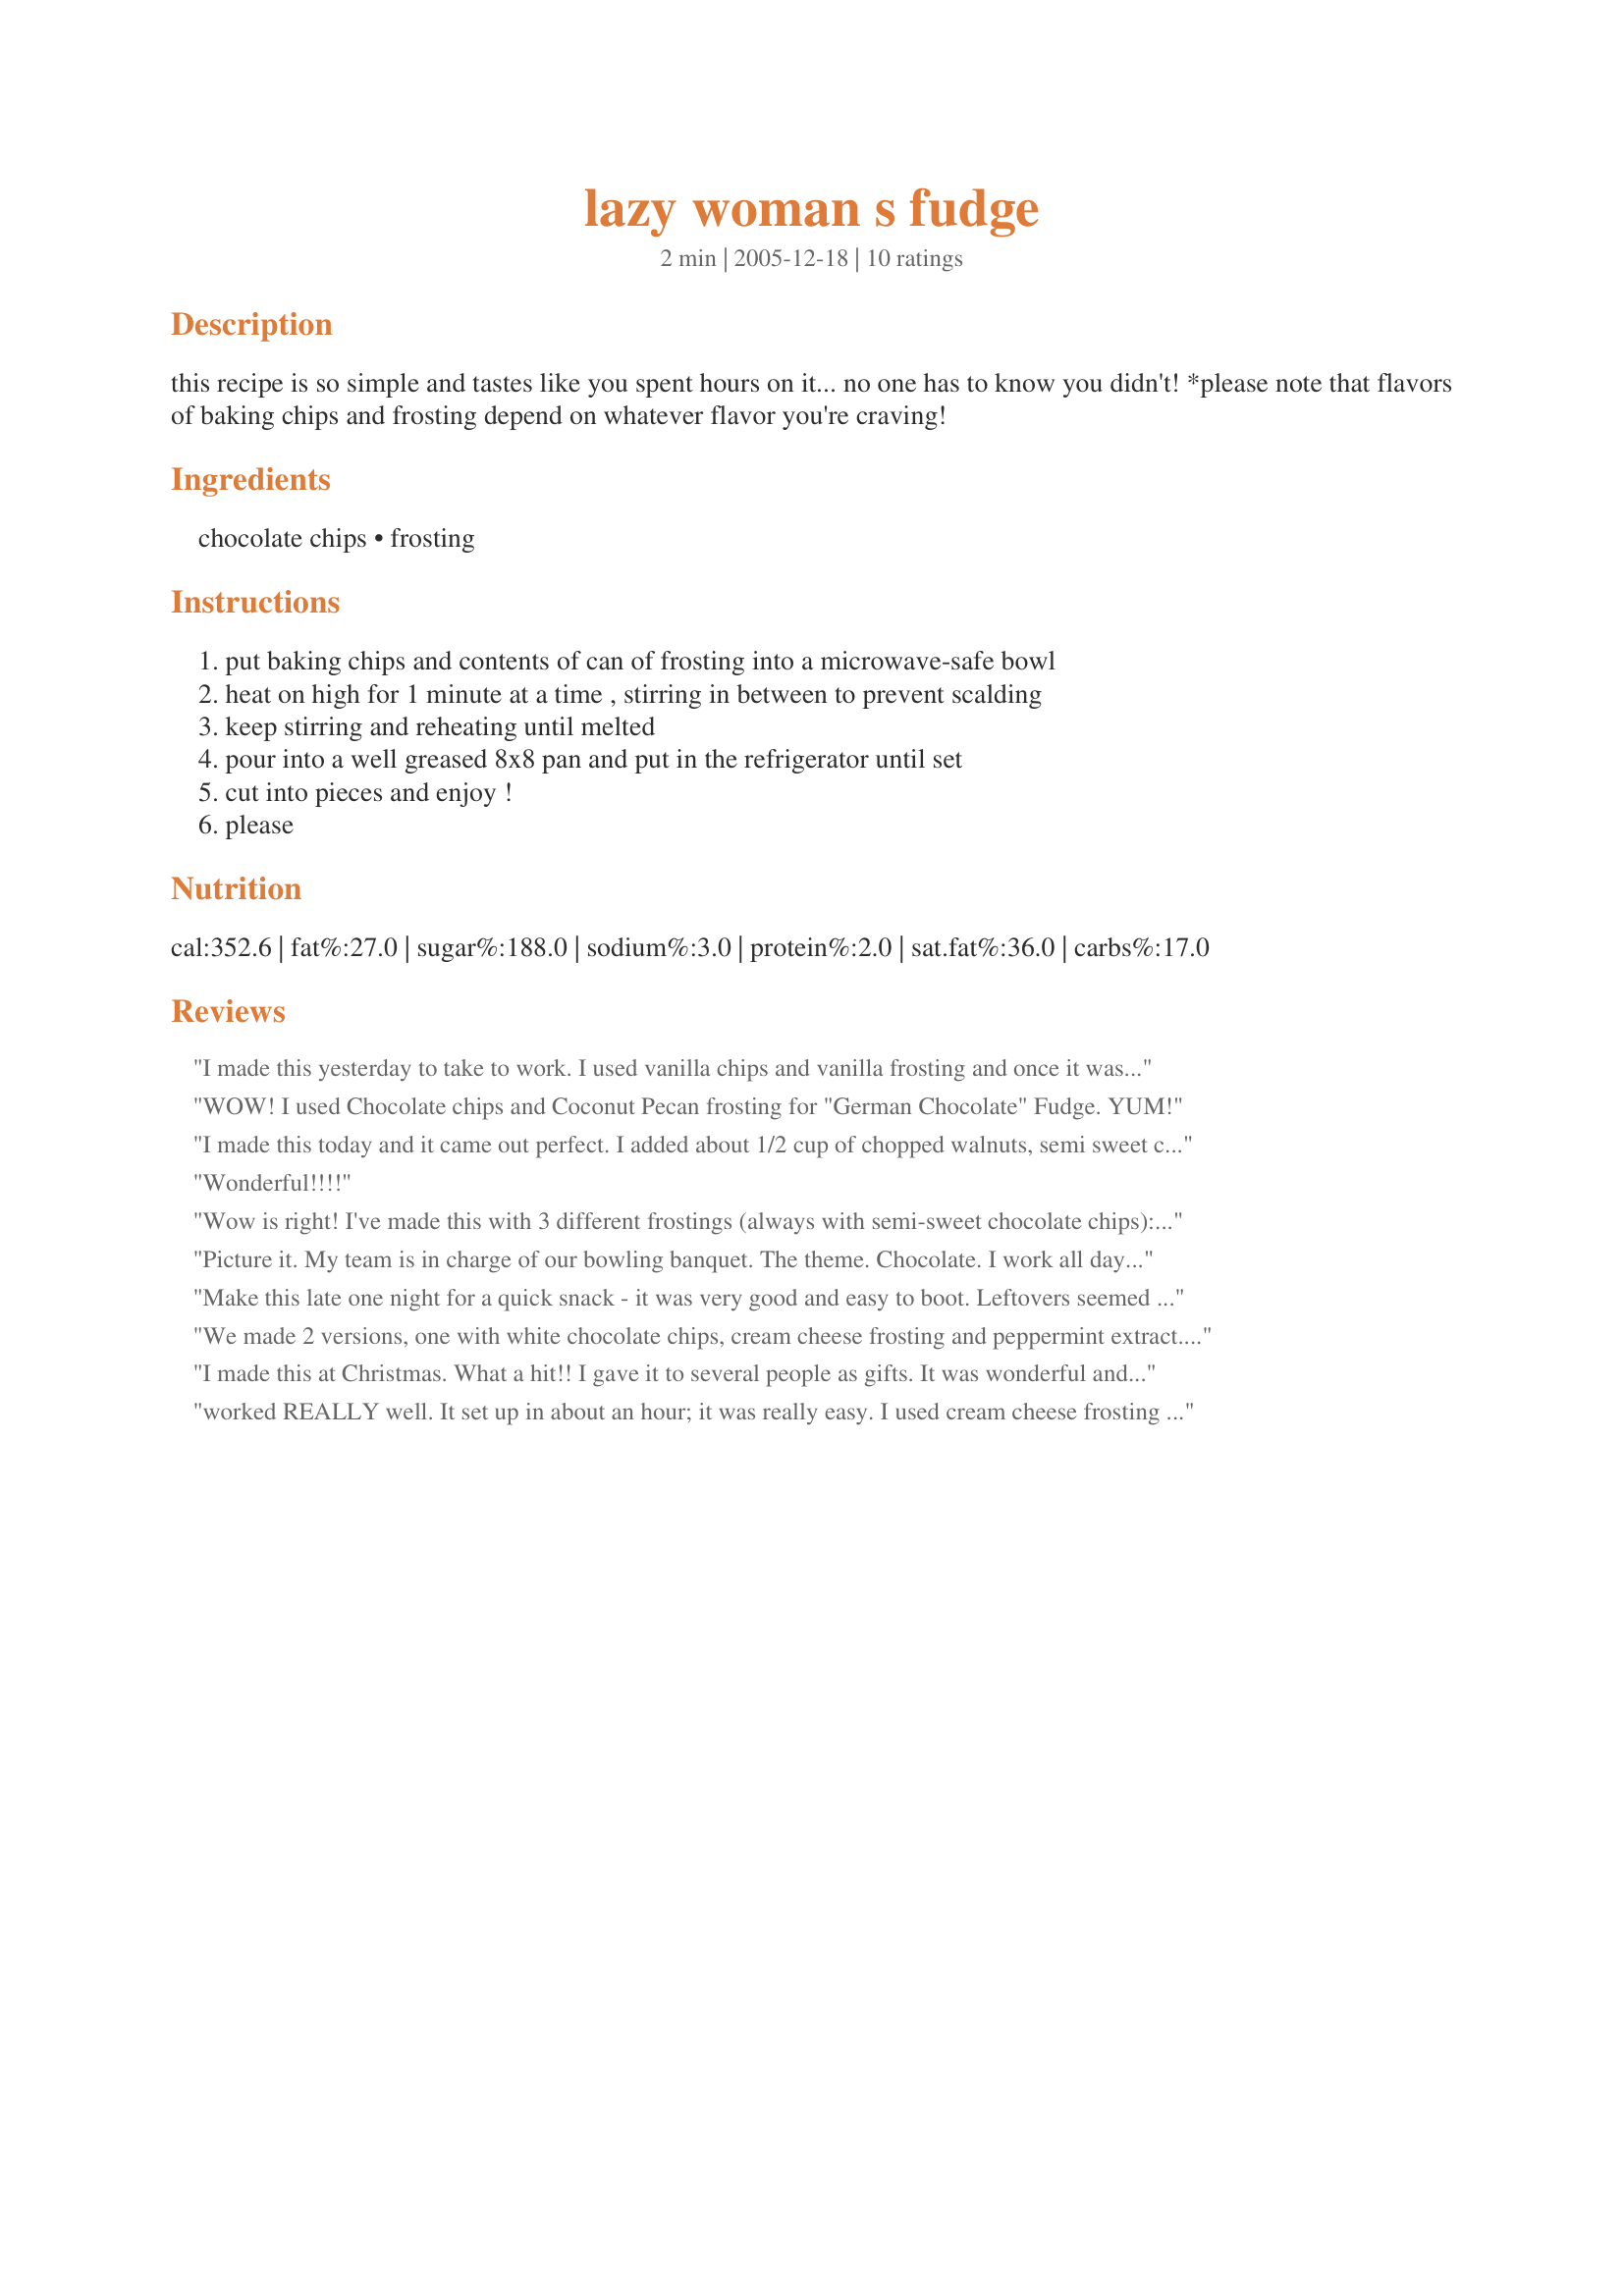
lazy woman s fudge
Preparation time: 2 minutes

this recipe is so simple and tastes like you spent hours on it... no one has to know you didn't!

*please note that flavors of baking chips and frosting depend on whatever flavor you're craving!

Ingredients:
chocolate chips, frosting

Steps:
put baking chips and contents of can of frosting into a microwave-safe bowl, heat on high for 1 minute at a time , stirring in between to prevent scalding, keep stirring and reheating until melted, pour into a well greased 8x8 pan and put in the refrigerator until set, cut into pieces and enjoy !, please

Reviews:
I made this yesterday to take to work. I used vanilla chips and vanilla frosting and once it was melted, I added about 1 1/2 cups of whole pecans. I would give 5 stars, but my fudge was somewhat soft. I will use this method again and try using chocolate chips, I'm thinking that maybe the white chips are different then the chocolate. Thank you for a very easy recipe that saved my behind.
WOW! I used Chocolate chips and Coconut Pecan frosting for "German Chocolate" Fudge. YUM!
I made this today and it came out perfect. I added about 1/2 cup of chopped walnuts, semi sweet chocolate chips and vanilla frosting. I added the walnuts after I microwaved the others and stirred them in just before I pour the mixture into the pan. Not a real creamy fudge but it is good. I have also made this from a similar recipe I got off the zaar using a 18 ounce jar of peanut butter and can container of Vanilla frosting. For it you heat the frosting in the microwave for about a minute, stirring after 30 seconds and the mix with the peanut and spread in a 8 by 8 pan, work quickly. Cool and enjoy. The first time I made this was with all natural peanut butter and the flavor was to strong so I do not recommend using all natural peanut butter unless you like the strong taste.
Wonderful!!!!
Wow is right! I've made this with 3 different frostings (always with semi-sweet chocolate chips): fudge, coconut pecan, and cream cheese. The coconut pecan is my favorite so far! I've been scoping out the chip aisle to see what variations I can find there. The only problem with this recipe is that I find I need some fudge everyday!
Picture it. My team is in charge of our bowling banquet. The theme. Chocolate. I work all day and have to be to my destination in less than an hour. I showed up with 3 pans. One made with chocolate frosting. One vanilla. One caramel. I love how simple and quick this is to make. The caramel I think stayed soft longest. Like real homemade fudge. But it's fantastic and I'll definitely make it time and time again! Thanks for saving my butt!
Make this late one night for a quick snack - it was very good and easy to boot. Leftovers seemed even better - will make again. Thanks....
We made 2 versions, one with white chocolate chips, cream cheese frosting and peppermint extract. The other with semi-sweet chips and chocolate frosting. Both were good and VERY easy!
I made this at Christmas. What a hit!! I gave it to several people as gifts. It was wonderful and super easy!! Thanks!!
worked REALLY well. It set up in about an hour; it was really easy. I used cream cheese frosting and semi-sweet morsels and pressed peanuts into it while it was setting. I'm gonna try dark chocolate frosting with dark chocolate chips and orange extract next.
